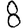
Digit: 8